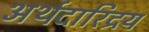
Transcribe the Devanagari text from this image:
अर्थदारिद्रय